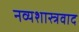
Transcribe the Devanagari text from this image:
नव्यशास्त्रवाद